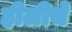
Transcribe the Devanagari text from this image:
हीलीचे